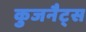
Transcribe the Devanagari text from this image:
कुजनैट्स